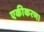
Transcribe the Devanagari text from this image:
एकीकरण।